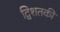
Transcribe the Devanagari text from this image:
द्विशतकी